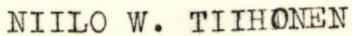
NIILO W. TIIHONEN